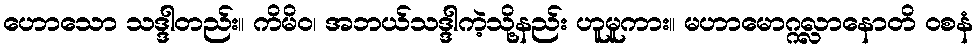
ဟောသော သဒ္ဒါတည်း။ ကိမိဝ၊ အဘယ်သဒ္ဒါကဲ့သို့နည်း ဟူမူကား။ မဟာမောဂ္ဂလ္လာနောတိ ဝစနံ